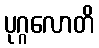
ပုဂ္ဂလောတိ